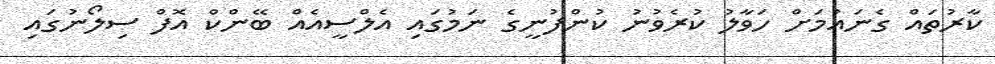
ކާރުތައް ގެނައުމަށް ހަވާލު ކުރެވުނު ކުންފުނީގެ ނަމުގައި އެލްސީއެއް ބޭންކް އޮފް ސިލޯނުގައި